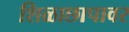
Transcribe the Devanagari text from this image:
शिळाछापावर